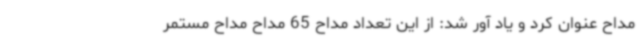
مداح عنوان کرد و یاد آور شد: از این تعداد مداح 65 مداح مداح مستمر